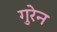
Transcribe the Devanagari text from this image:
गुरेन